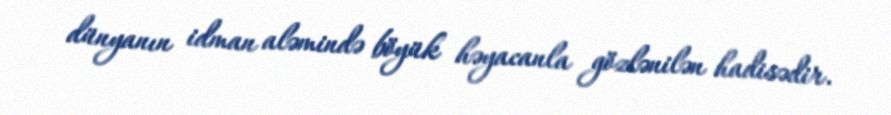
dünyanın idman aləmində böyük həyacanla gözlənilən hadisədir.